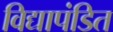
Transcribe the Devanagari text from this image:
विद्यापंडित